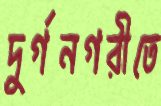
দুর্গনগরীতে